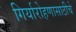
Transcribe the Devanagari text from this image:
गिर्यारोहणासाठीचे